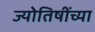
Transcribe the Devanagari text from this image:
ज्योतिषींच्या